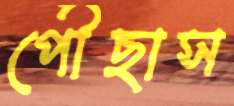
পৌঁছাস